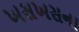
ખસખસના